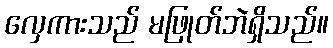
လှေကားသည် မဖြုတ်ဘဲရှိသည်။